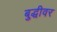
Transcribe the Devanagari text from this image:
बुद्धीवर